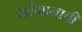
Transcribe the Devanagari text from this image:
वर्तमानाची